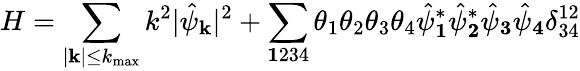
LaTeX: H=\sum_{|\mathbf k|\le k_{\mathrm{max}}}k^{2}|\hat{\psi}_{\mathbf k}|^{2}+\sum_{\mathbf 1234}\theta_{1}\theta_{2}\theta_{3}\theta_{4}\hat{\psi}_{\mathbf 1}^{*}\hat{\psi}_{\mathbf 2}^{*}\hat{\psi}_{\mathbf 3}\hat{\psi}_{\mathbf 4}\delta_{34}^{12}